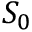
S _ { 0 }